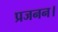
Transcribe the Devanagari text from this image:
प्रजनन।